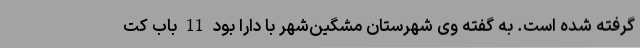
گرفته شده است. به گفته وی شهرستان مشگین‌شهر با دارا بود 11 باب کت